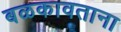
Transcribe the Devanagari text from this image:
बळकावताना